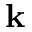
\mathbf k